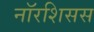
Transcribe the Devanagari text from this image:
नॉरशिसस